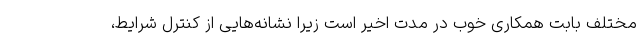
مختلف بابت همکاری خوب در مدت اخیر است زیرا نشانه‌هایی از کنترل شرایط،